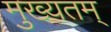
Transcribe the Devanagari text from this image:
मुख्यतम्